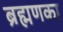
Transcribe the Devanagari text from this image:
ब्रह्मणका